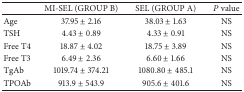
<table><thead><tr><td><b> </b></td><td><b>MI-SEL (GROUP B)</b></td><td><b>SEL (GROUP A)</b></td><td><b><i>P</i> value</b></td></tr></thead><tbody><tr><td>Age</td><td>37.95 ± 2.16</td><td>38.03 ± 1.63</td><td>NS</td></tr><tr><td>TSH</td><td>4.43 ± 0.89</td><td>4.33 ± 0.91</td><td>NS</td></tr><tr><td>Free T4</td><td>18.87 ± 4.02</td><td>18.75 ± 3.89</td><td> NS</td></tr><tr><td>Free T3</td><td>6.49 ± 2.36</td><td>6.60 ± 1.66</td><td> NS</td></tr><tr><td>TgAb</td><td>1019.74 ± 374.21</td><td>1080.80 ± 485.1</td><td> NS</td></tr><tr><td>TPOAb</td><td>913.9 ± 543.9</td><td>905.6 ± 401.6</td><td> NS</td></tr></tbody></table>